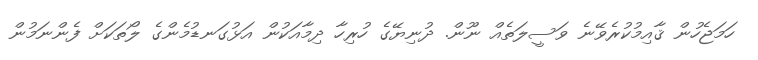
ހަމަޖެހުން ޤާއިމުކުރެވޭނެ ވަސީލަތެއް ނޫން. ދުނިޔޭގެ ހުރިހާ ދިމާއަކުން އަޅުގަނޑުމެންގެ ލޯތަކަށް ފެންނަމުން